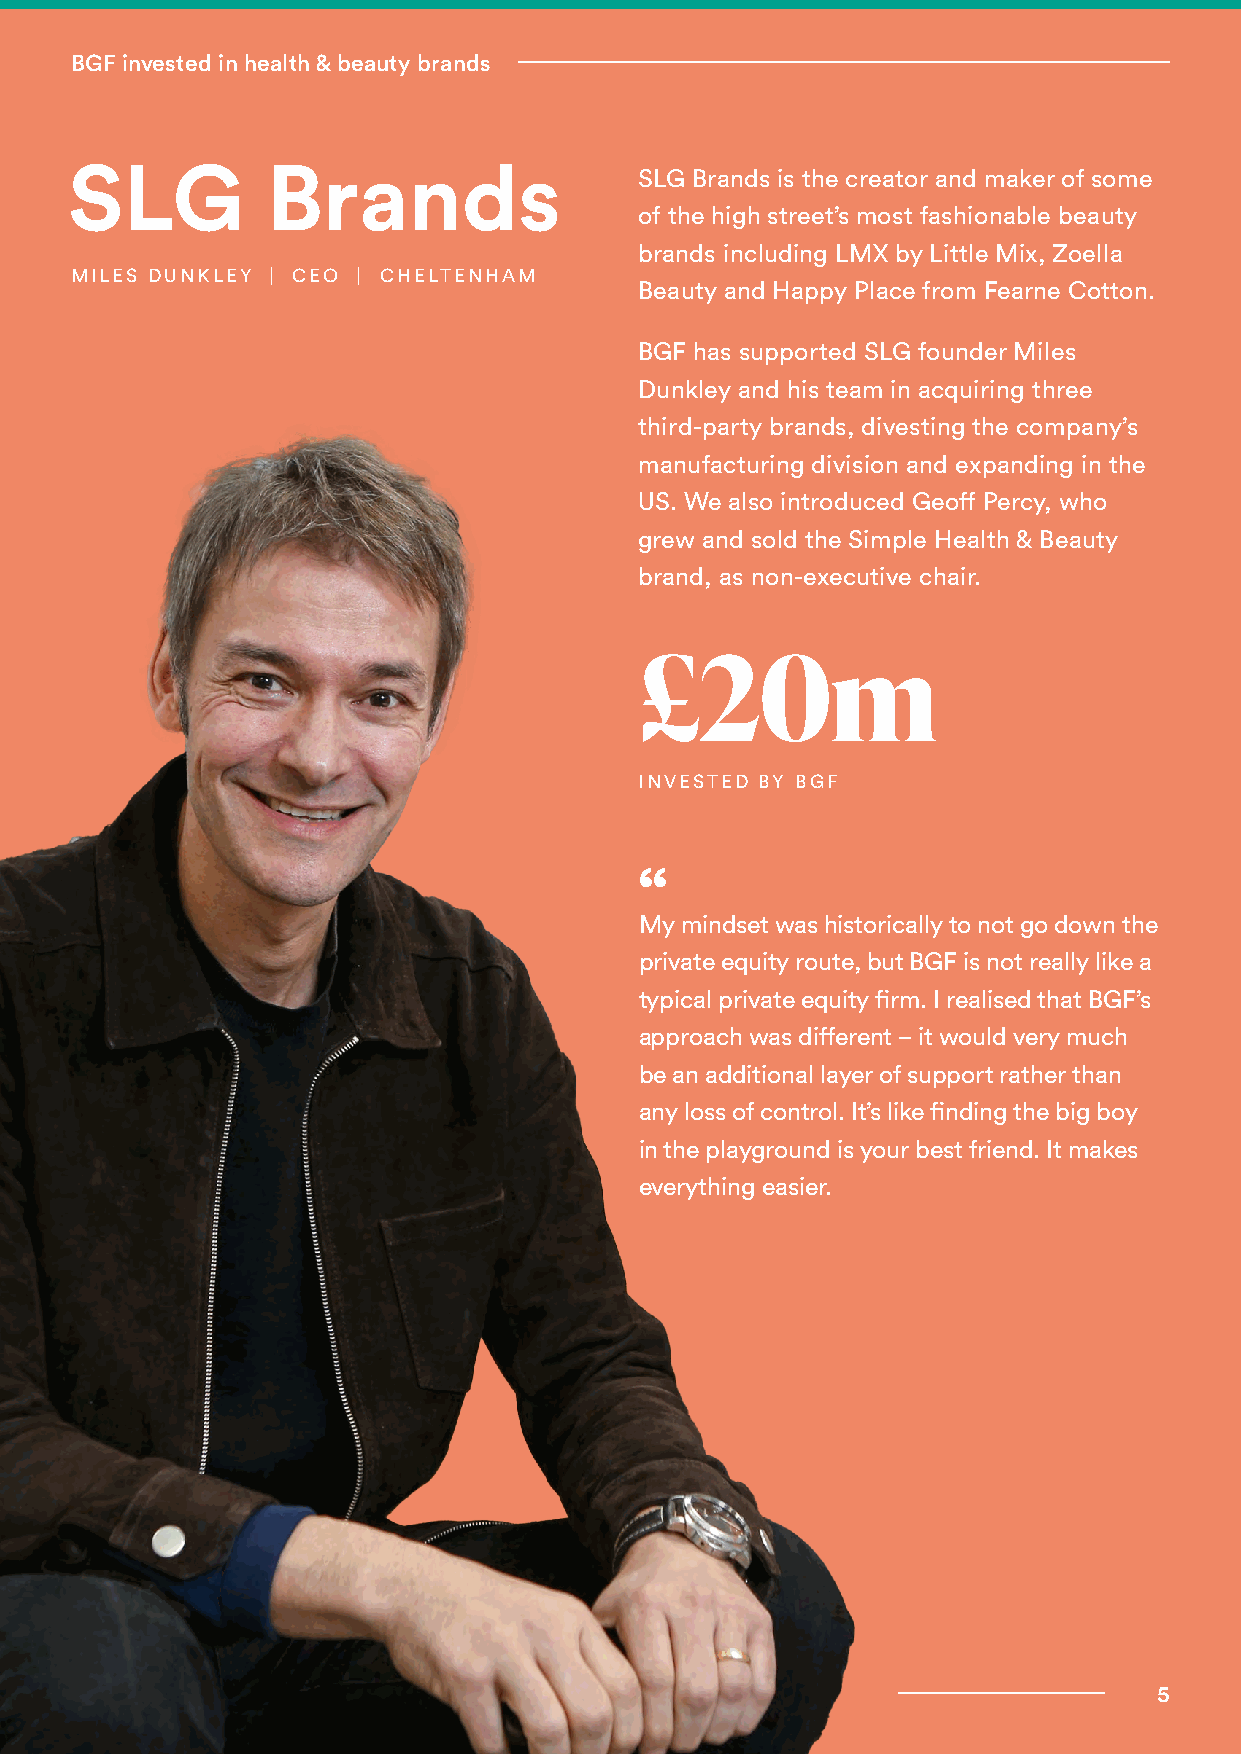
BGF invested in health & beauty brands
 SLG           Brands                  SLG Brands is the creator and maker of some
 of the high street’s most fashionable beauty
 brands including LMX by Little Mix, Zoella
 MILES DUNKLEY | CEO | CHELTENHAM
 Beauty and Happy Place from Fearne Cotton.
 BGF has supported SLG founder Miles
 Dunkley and his team in acquiring three
 third-party brands, divesting the company’s
 manufacturing division and expanding in the
 US. We also introduced Geoff Percy, who
 grew and sold the Simple Health & Beauty
 brand, as non-executive chair.
 £20m
 INVESTED BY BGF
 “
 My mindset was historically to not go down the
 private equity route, but BGF is not really like a
 typical private equity firm. I realised that BGF’s
 approach was different – it would very much
 be an additional layer of support rather than
 any loss of control. It’s like finding the big boy
 in the playground is your best friend. It makes
 everything easier.
 55